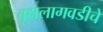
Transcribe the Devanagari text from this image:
वृक्षलागवडीचे